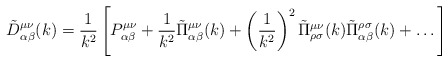
\begin{align*}\tilde{D}_{\alpha \beta }^{\mu \nu }(k)=\frac1{k^2}\left[P_{\alpha\beta}^{\mu\nu}+\frac1{k^2}\tilde{\Pi}_{\alpha\beta}^{\mu\nu}(k)+\left(\frac1{k^2}\right)^2\tilde{\Pi}_{\rho\sigma}^{\mu\nu}(k)\tilde{\Pi}_{\alpha\beta}^{\rho\sigma}(k)+\dots\right]\end{align*}